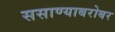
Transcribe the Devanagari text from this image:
ससाण्याबरोबर